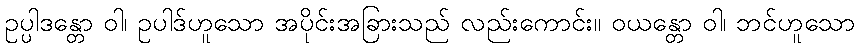
ဥပ္ပါဒန္တော ဝါ၊ ဥပါဒ်ဟူသော အပိုင်းအခြားသည် လည်းကောင်း။ ဝယန္တော ဝါ၊ ဘင်ဟူသော